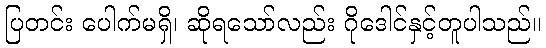
ပြတင်း ပေါက်မရှိ၊ ဆိုရသော်လည်း ဂိုဒေါင်နှင့်တူပါသည်။